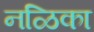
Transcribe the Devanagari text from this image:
नळिका